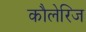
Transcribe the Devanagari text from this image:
कौलेरिज